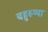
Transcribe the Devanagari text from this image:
बहुरुप्या